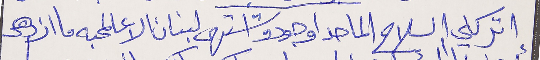
اتركلي السلاح الما حدا وجودو اشتهى لبنان الا عالمحبه ما ازدهر